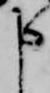
申